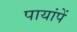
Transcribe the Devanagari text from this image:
पायांपें